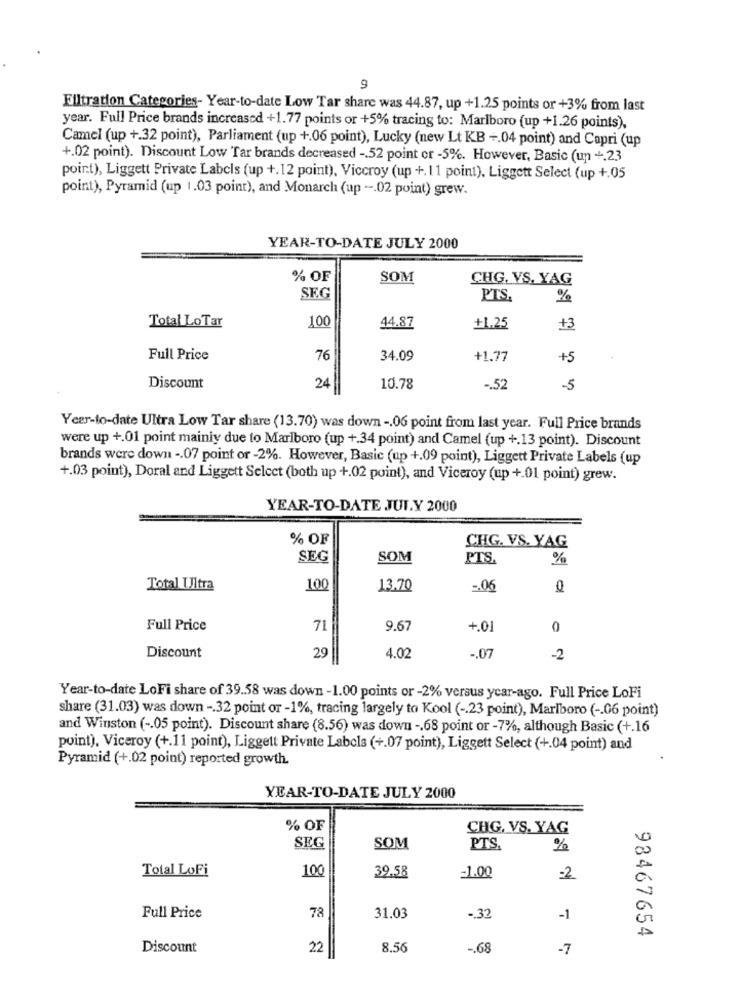
9
Filtration Categories- Year-to-date Low Tar share was 44.87, up +1.25 points or +3% from last
year. Full Price brands increased +1.77 points or +5% tracing to: Marlboro (up +1.26 points),
Camel (up +.32 point), Parliament (up +.06 point), Lucky (new Lt KB +.04 point) and Capri (up
+.02 point). Discount Low Tar brands decreased -. 52 point or -5%. However, Basic (un +.23
point), Liggett Private Labels (up +.12 point), Viccroy (up +. 11 point). Liggett Select (up +.05
point), Pyramid (up 1.03 point), and Monarch (up --. 02 point) grew.
YEAR-TO-DATE JULY 2000
% OF
SOM
CHG, VS. YAG
SEG
PTS.
%
Total LoTar
100
44,87
+1.25
+3
Full Price
76
34.09
+1.77
+5
Discount
24
10.78
-. 52
-5
Yeer-to-date Ultra Low Tar share (13.70) was down -. 06 point from last year. Full Price brands
were up +.01 point mainly due to Marlboro (up +.34 point) and Camel (up +.13 point). Discount
brands were down -. 07 point or -2%. However, Basic (up +.09 point), Liggett Private Labels (up
+.03 point), Doral and Liggett Select (both up +.02 point), and Viceroy (up +.01 point) grew.
YEAR-TO-DATE JULY 2000
% OF
CHG. VS. YAG
SEG
SOM
PTS
%
Total Ultra
100
13.70
-. 06
Full Price
71
9.67
+.01
0
-. 07
Discount
29
4.02
-2
Year-to-date LoFi share of 39.58 was down -1.00 points or -2% versus ycar-ago. Full Price LoFi
share (31.03) was down -. 32 point or -1%, tracing largely to Kool ( -. 23 point), Marlboro ( -. 06 point)
and Winston ( -. 05 point). Discount share (8.56) was down -. 68 point or -7%, although Basic (+.16
point), Viceroy (+.11 point), Liggett Private Labels (+.07 point), Liggett Select (+.04 point) and
Pyramid (+.02 point) reported growth.
YEAR-TO-DATE JULY 2000
% OF
CHG. VS. YAG
SEG
SOM
PTS
%
Total LoFi
10
39.58
1.00
-2
Full Price
78
31.03
-. 32
-1
98467654
Discount
22
8.56
-. 68
-7